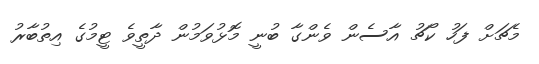
މެޗަށް ފަހު ކޯޗު އާސެން ވެންގާ ބުނީ މޮޅުވަމުން ދާތީވެ ޓީމުގެ އިތުބާރު